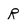
Character: R